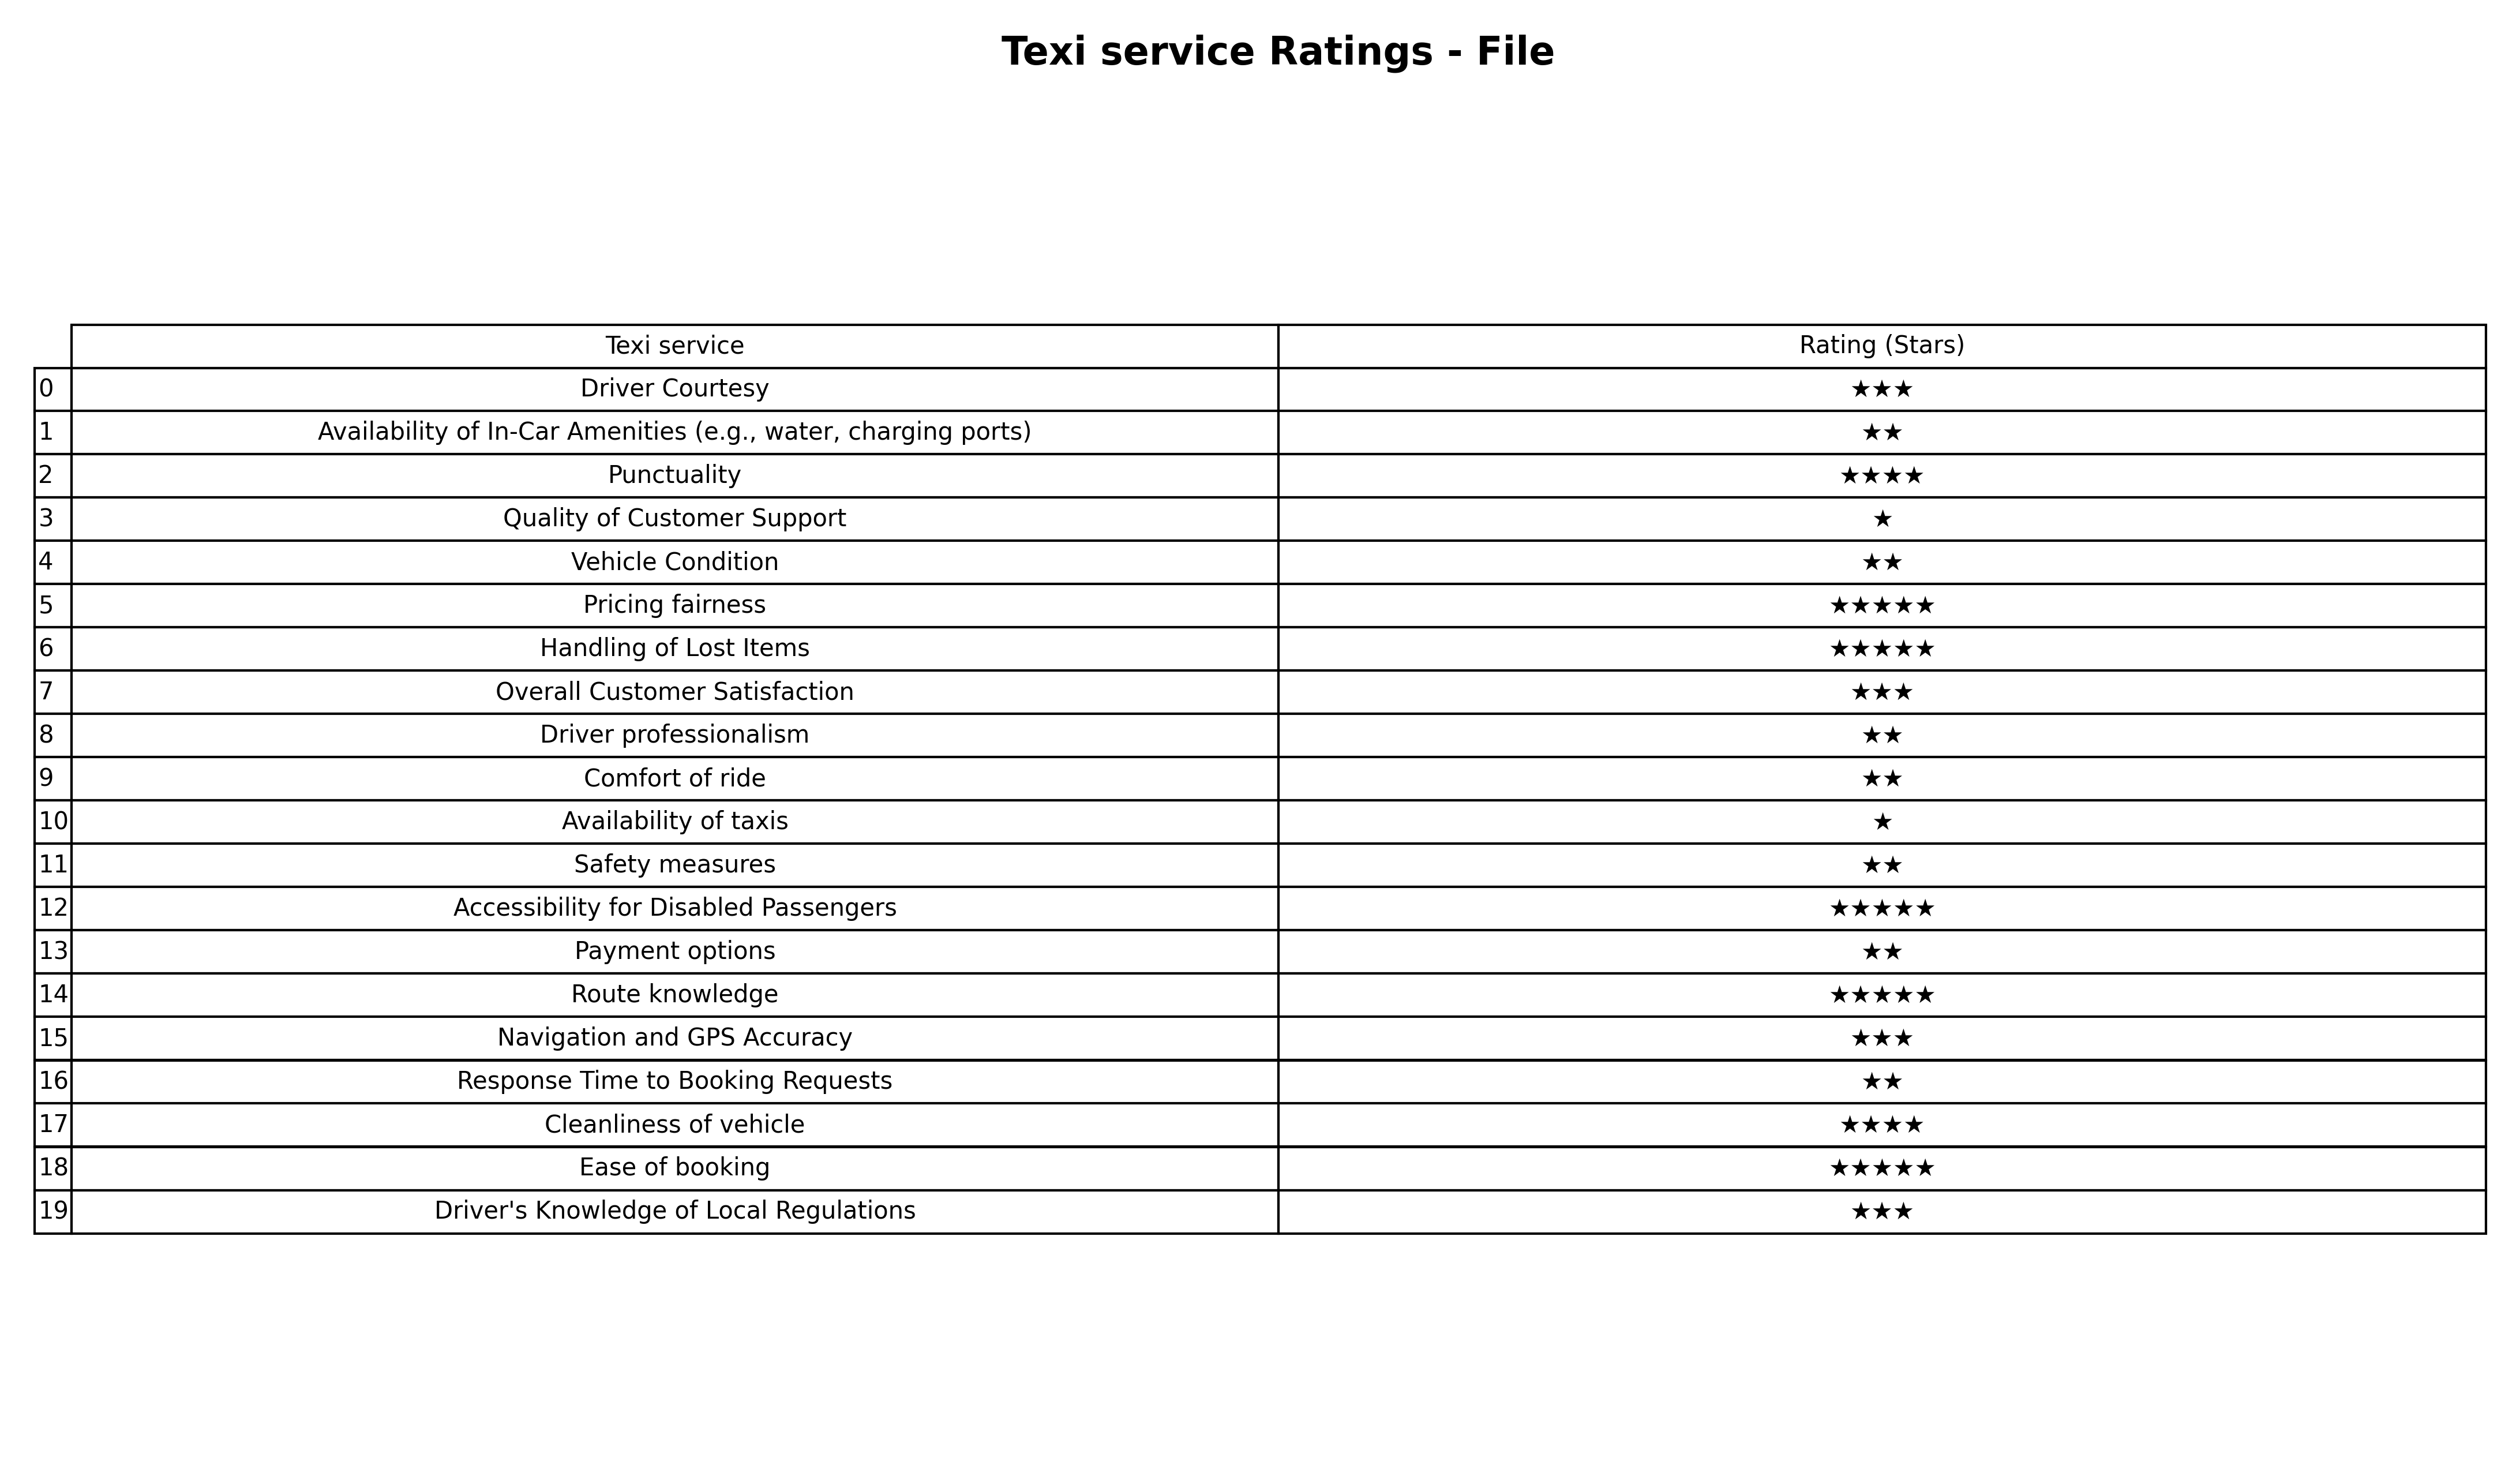
question: What are two star services?
answer: Availability of In-Car Amenities (e.g., water, charging ports)Vehicle ConditionDriver professionalismComfort of rideSafety measuresPayment optionsResponse Time to Booking Requests